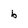
Character: b